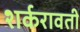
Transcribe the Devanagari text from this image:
शर्करावती